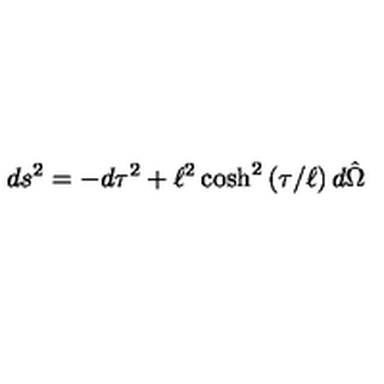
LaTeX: d s ^ { 2 } = - d \tau ^ { 2 } + \ell ^ { 2 } \cosh ^ { 2 } \left( \tau / \ell \right) d \hat { \Omega }